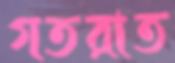
গতরাত